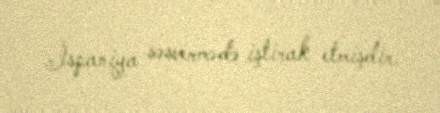
İspaniya səsvermədə iştirak etmişdir.